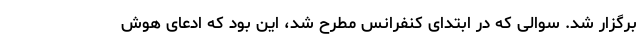
برگزار شد. سوالی که در ابتدای کنفرانس مطرح شد، این بود که ادعای هوش